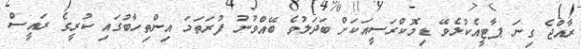
ރާއްޖެ ގިނަ ޕާޓީއެކުލެވޭ ޑިމޮކްރަސީއަކަށް ބަދަލުވެ ބޭއްވުނު ފުރަތަމަ އިންތިހާބުގައި ކުރީގެ ރައީސް